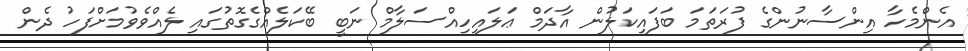
އެންމެހާ އިންސާނުންގެ ފުރަތަމަ ބަފައިކަލުން އާދަމް ޢަލައިހިއްސަލާމް ނަބީ ބޭކަލެއްގެގޮތުގައި ލެއްވެވުމަށްފަހު ދެން